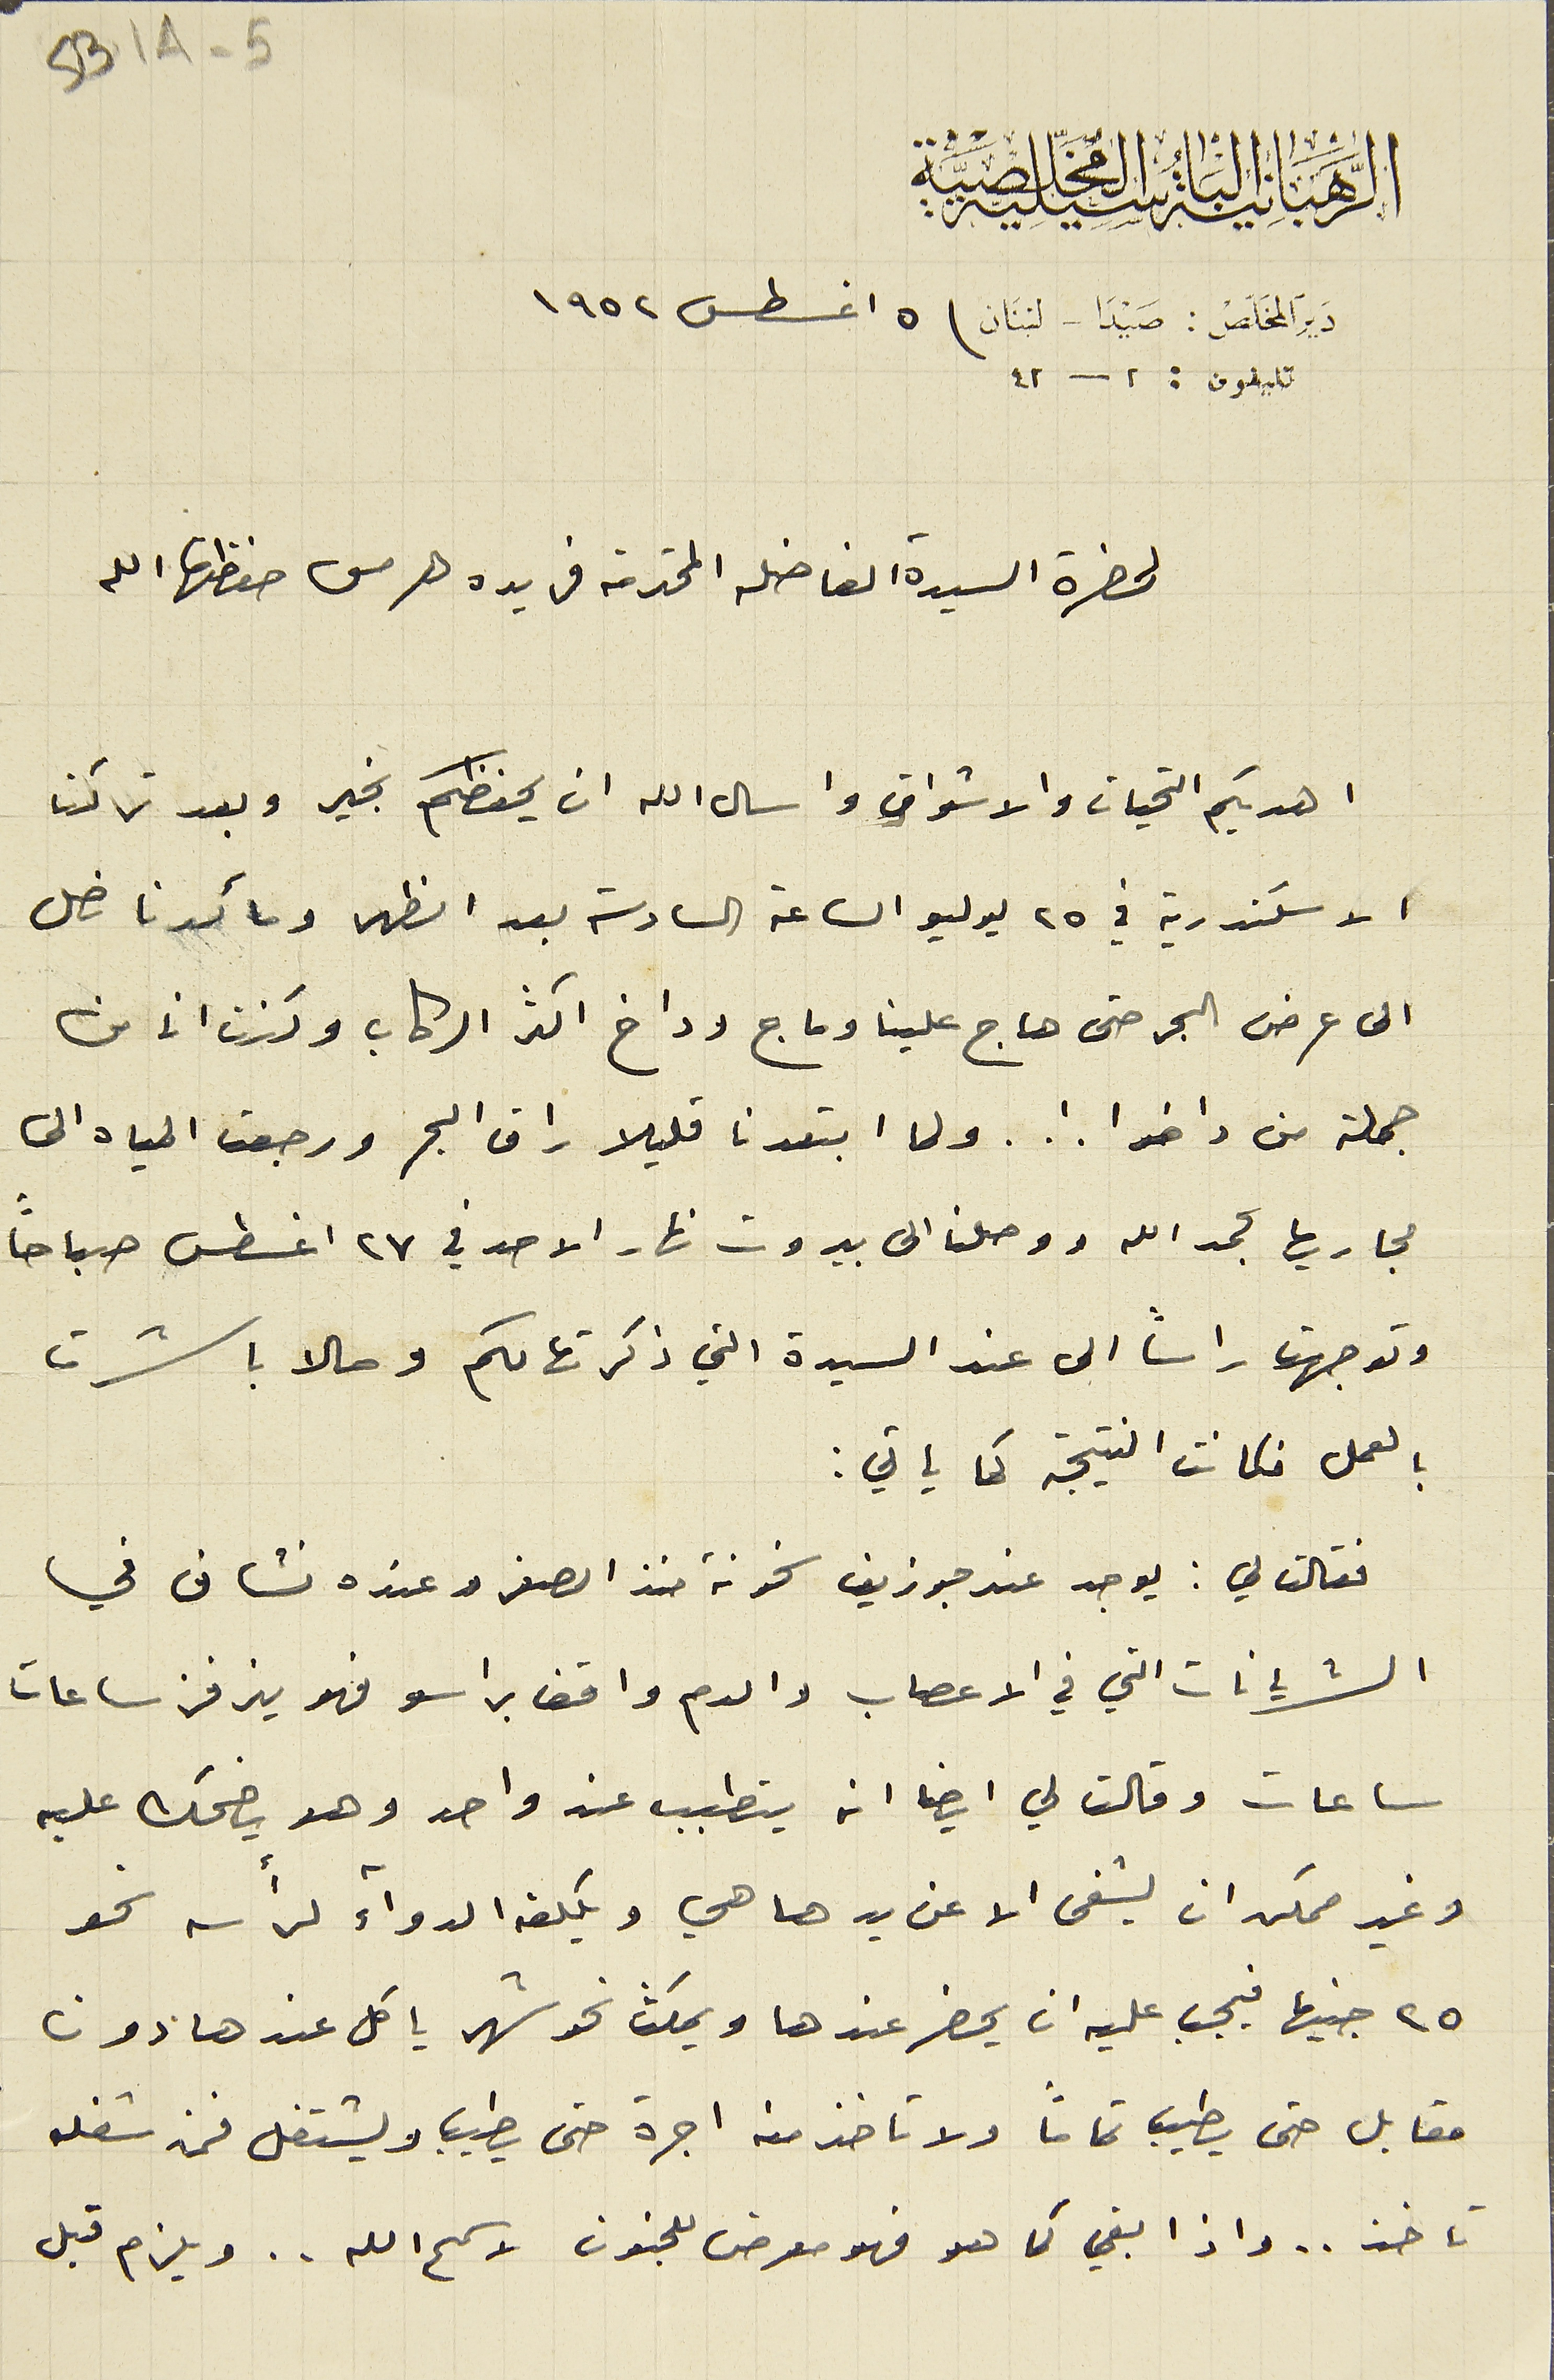
الرهبانية الباسيلية المخلصية
دير المخلص : صيدا - لبنان  ٥ اغسطس ١٩٥٢
تليفون : ٢ - ٤٢
لحضرة السيدة الفاضله المحترمة فريده هرمس حفظها الله
اهديكم التحيات والاشواق واسال الله ان يحفظكم بخير وبعد تركنا
الاسكندرية في ٢٥ يوليو الساعة السادسة بعد الظهر وما كدنا نصل
 الى عرض البحر حتى هاج علينا وماج وداخ اكثر الركاب وكنت انا من
جملة من داخوا !.. ولما ابتعدنا قليلا راق البحر ورجعت المياه الى
 مجاريها بحمد الله ووصلنا الى بيروت نهار الاحد في ٢٧ اغسطس صباحًا
وتوجهت راساً الى عند السيدة التي ذكرتها لكم وحالا باشرت
بالعمل فكانت النتيجة كما ياتي:
فقالت لي: يوجد عند جوزيف سخونة منذ الصغر وعنده نشاف في
الشريانات التي في الاعصاب والدم واقف براسو فهو يزفر ساعات
 ساعات وقالت لي ايضاً انه يتطبب عند واحد وهو يضحك عليه
وغير ممكن ان يشفى الا عن يدها هي ويكلفه الدواء لرأسه نحو
٢٥ جنيها فيجب عليه ان يحضر عندها ويمكث نحو شهر ياكل عندها دون
مقابل حتى يطيب تماماً ولا تاخذ منه اجرة حتى يطيب ويشتغل فمن شغله
SB1A-5
تاخذ .. واذا بقى كما هو فهو معرض للجنون لا سمح الله .. ويلزم قبل